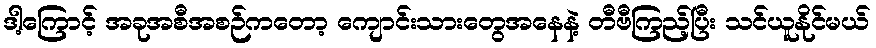
ဒါ့ကြောင့် အခုအစီအစဉ်ကတော့ ကျောင်းသားတွေအနေနဲ့ တီဗီကြည့်ပြီး သင်ယူနိုင်မယ်